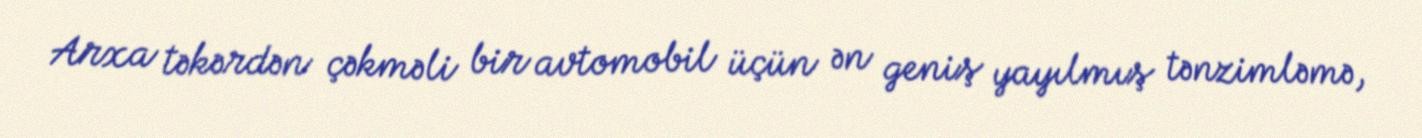
Arxa təkərdən çəkməli bir avtomobil üçün ən geniş yayılmış tənzimləmə,